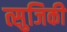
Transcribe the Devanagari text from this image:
त्सुजिकी